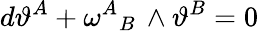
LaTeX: d\vartheta^{A}+\omega^{A}{}_{B}\, \wedge\vartheta^{B}=0